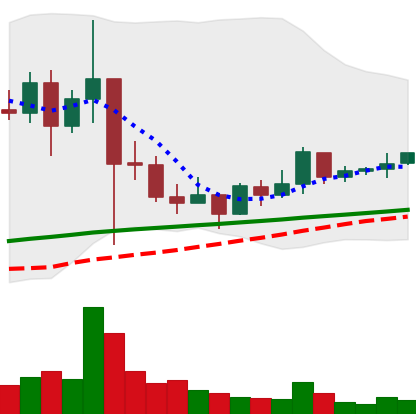
Ticker: XRP-USD
Chart end date: 2021-03-09
Forward return: -9.028%
Label: down_7plus